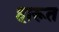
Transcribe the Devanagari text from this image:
हारूत